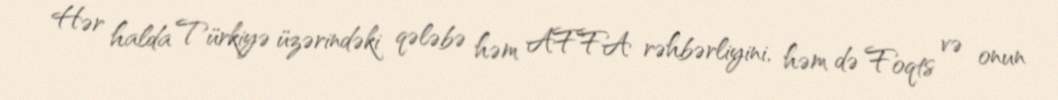
Hər halda Türkiyə üzərindəki qələbə həm AFFA rəhbərliyini, həm də Foqts və onun